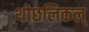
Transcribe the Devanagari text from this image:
थोछलिकल्